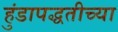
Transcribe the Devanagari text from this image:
हुंडापद्धतीच्या